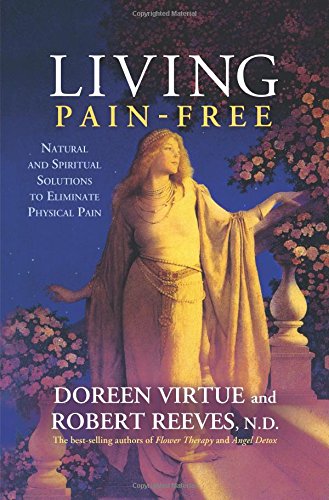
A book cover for Living Pain-Free: Natural and Spiritual Solutions to Eliminate Physical Pain; Doreen Virtue; Health, Fitness & Dieting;